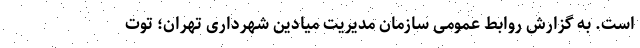
است. به گزارش روابط عمومی سازمان مدیریت میادین شهرداری تهران؛ توت